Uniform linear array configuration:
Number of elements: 64
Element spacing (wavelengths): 0.25
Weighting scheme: blackman
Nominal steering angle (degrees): -45
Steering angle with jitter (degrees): -43.538
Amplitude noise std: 0.05
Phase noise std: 0.05

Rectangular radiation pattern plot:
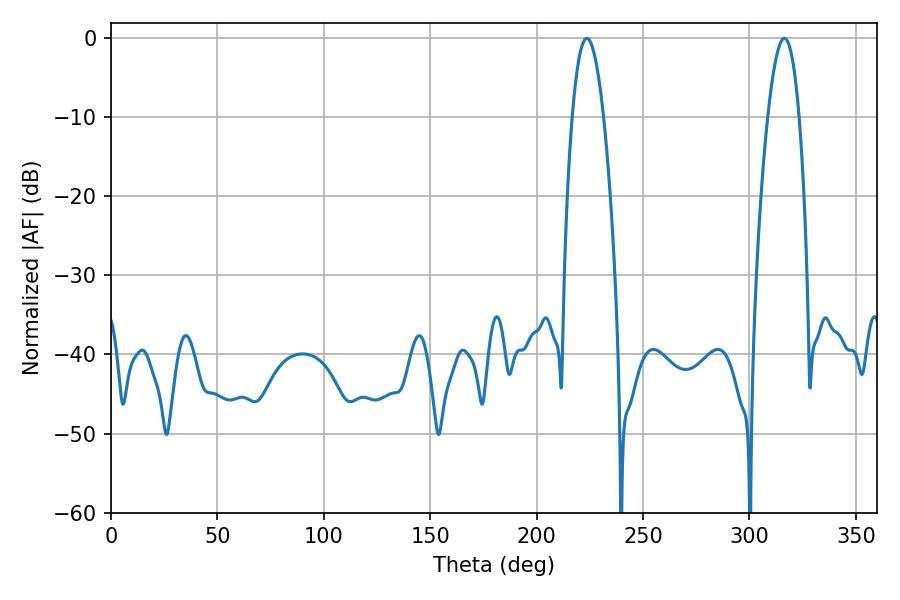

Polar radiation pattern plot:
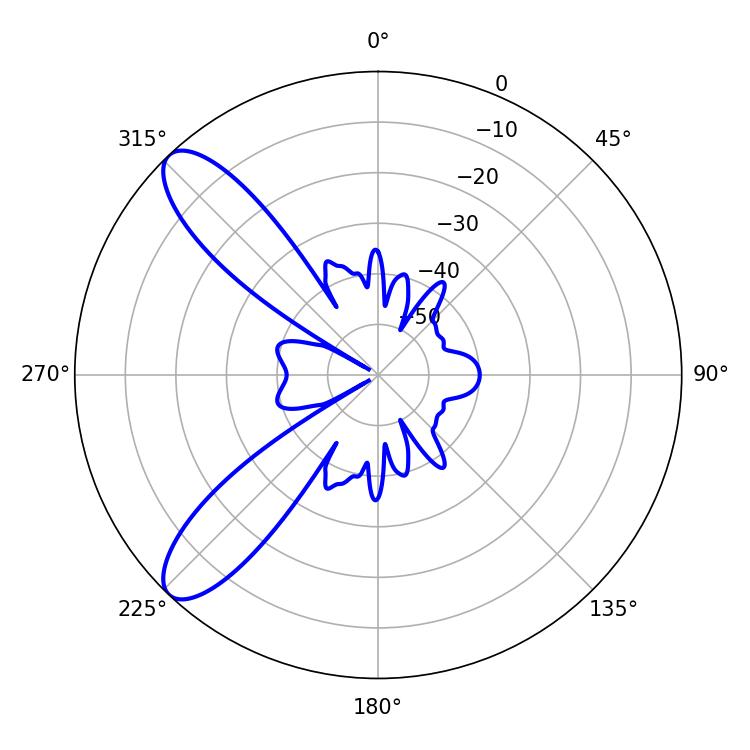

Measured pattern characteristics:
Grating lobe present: FALSE
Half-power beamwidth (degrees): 7.92
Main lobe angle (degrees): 223.56